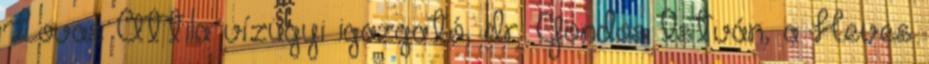
Lovas Attila vízügyi igazgató, dr. Gondos István, a Heves